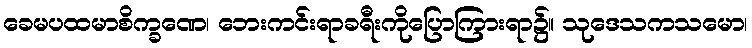
ခေမပထမာစိက္ခဏေ၊ ဘေးကင်းရာခရီးကိုပြောကြားရာ၌။ သုဒေသကသမော၊